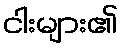
ငါးများ၏